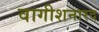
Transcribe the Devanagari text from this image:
वागीशनारद